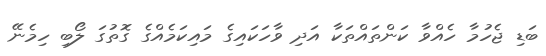
ބަޑި ޖެހުމާ ހެއްވާ ކަންތައްތަކާ އަދި ވާހަކައިގެ މައިކަމެއްގެ ގޮތުގަ ލޯބި ހިމެނޭ